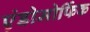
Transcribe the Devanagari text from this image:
एंडोमोर्फिक